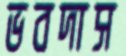
ভবদাস